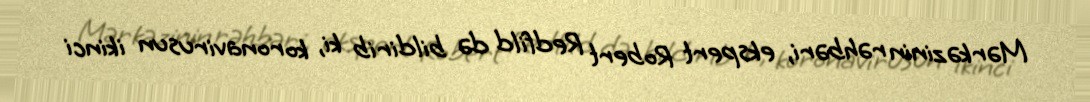
Mərkəzinin rəhbəri, ekspert Robert Redfild də bildirib ki, koronavirusun ikinci